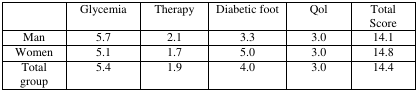
<table><thead><tr><td></td><td><b>Glycemia</b></td><td><b>Therapy</b></td><td><b>Diabetic foot</b></td><td><b>Qol</b></td><td><b>Total Score</b></td></tr></thead><tbody><tr><td>Man</td><td>5.7</td><td>2.1</td><td>3.3</td><td>3.0</td><td>14.1</td></tr><tr><td>Women</td><td>5.1</td><td>1.7</td><td>5.0</td><td>3.0</td><td>14.8</td></tr><tr><td>Total group</td><td>5.4</td><td>1.9</td><td>4.0</td><td>3.0</td><td>14.4</td></tr></tbody></table>